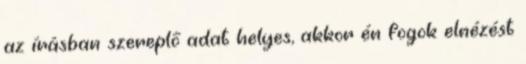
az írásban szereplő adat helyes, akkor én fogok elnézést